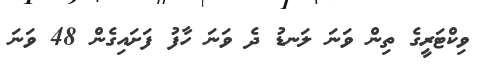
ވިކްޓަރީގެ ތިން ވަނަ ލަނޑު ދެ ވަނަ ހާފު ފަށައިގެން 48 ވަނަ